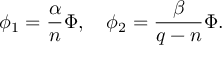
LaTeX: \phi _ { 1 } = \frac { \alpha } { n } \Phi , ~ ~ ~ \phi _ { 2 } = \frac { \beta } { q - n } \Phi .